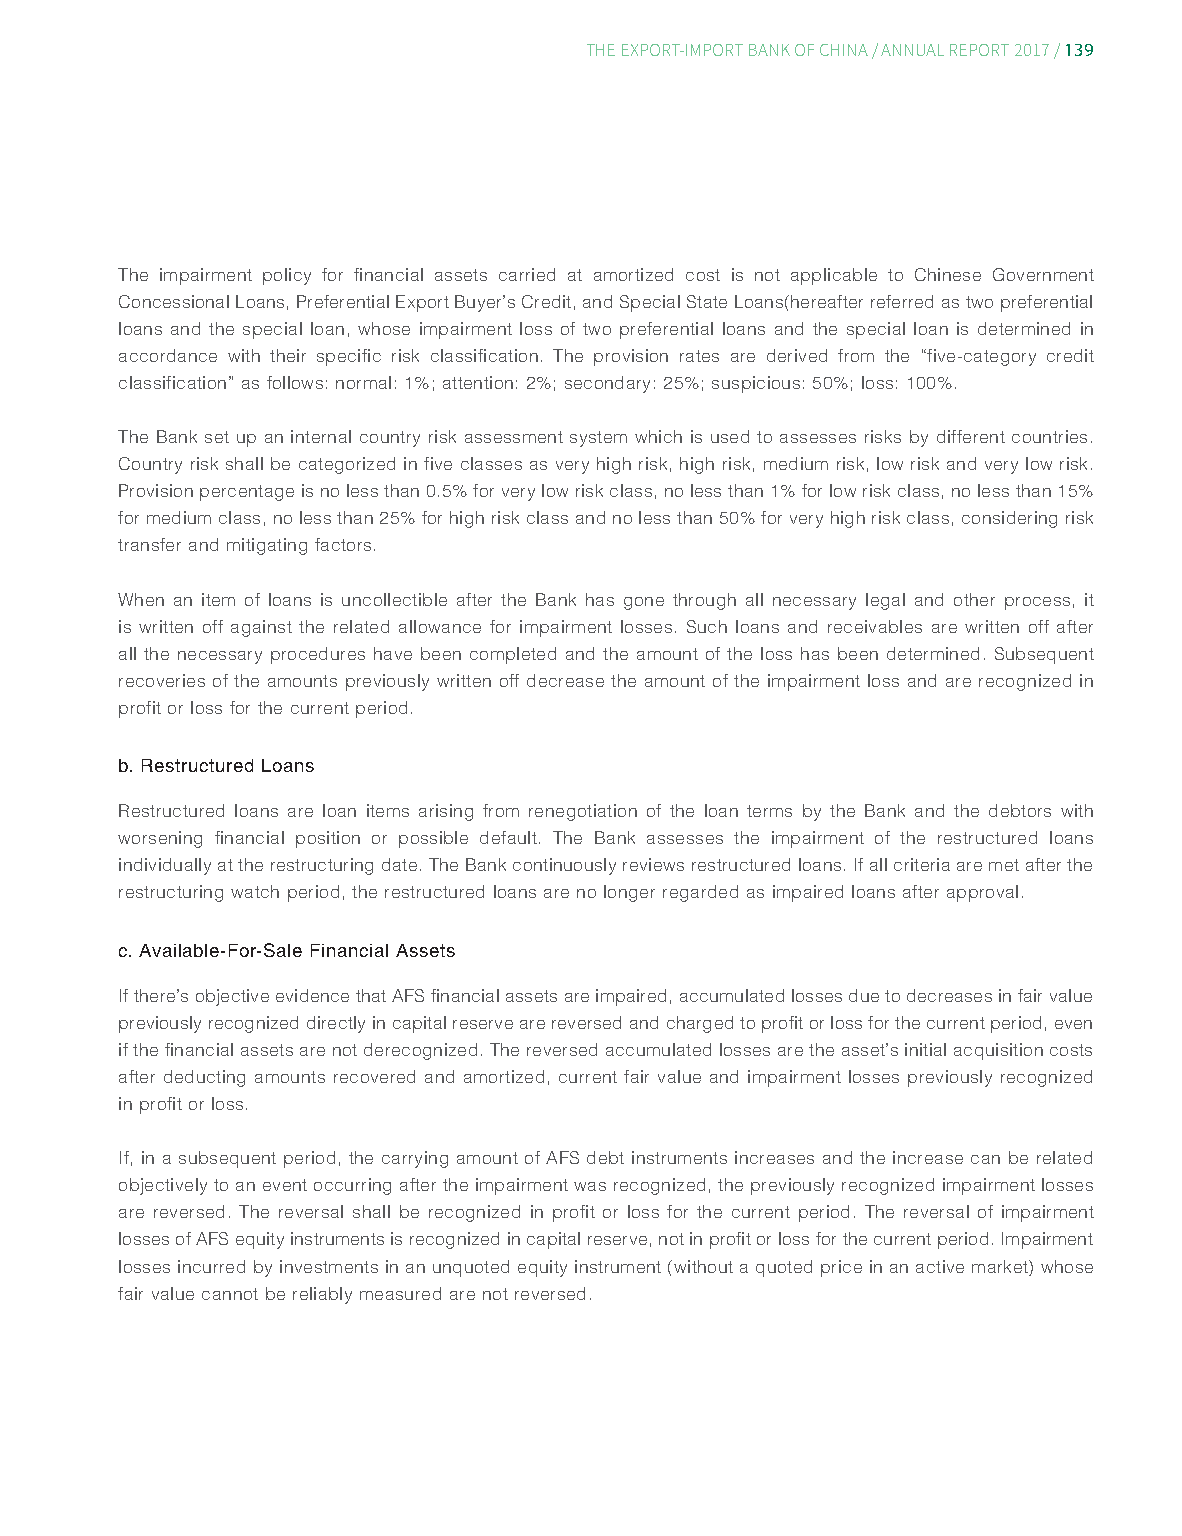
139
 THE EXPORT-IMPORT BANK OF CHINA/ ANNUAL REPORT 2017/
 The impairment policy for financial assets carried at amortized cost is not applicable to Chinese Government
 Concessional Loans, Preferential Export Buyer’s Credit, and Special State Loans(hereafter referred as two preferential
 loans and the special loan, whose impairment loss of two preferential loans and the special loan is determined in
 accordance with their specific risk classification. The provision rates are derived from the “five-category credit
 classification” as follows: normal: 1%; attention: 2%; secondary: 25%; suspicious: 50%; loss: 100%.
 The Bank set up an internal country risk assessment system which is used to assesses risks by different countries.
 Country risk shall be categorized in five classes as very high risk, high risk, medium risk, low risk and very low risk.
 Provision percentage is no less than 0.5% for very low risk class, no less than 1% for low risk class, no less than 15%
 for medium class, no less than 25% for high risk class and no less than 50% for very high risk class, considering risk
 transfer and mitigating factors.
 When an item of loans is uncollectible after the Bank has gone through all necessary legal and other process, it
 is written off against the related allowance for impairment losses. Such loans and receivables are written off after
 all the necessary procedures have been completed and the amount of the loss has been determined. Subsequent
 recoveries of the amounts previously written off decrease the amount of the impairment loss and are recognized in
 profit or loss for the current period.
 b. Restructured Loans
 Restructured loans are loan items arising from renegotiation of the loan terms by the Bank and the debtors with
 worsening financial position or possible default. The Bank assesses the impairment of the restructured loans
 individually at the restructuring date. The Bank continuously reviews restructured loans. If all criteria are met after the
 restructuring watch period, the restructured loans are no longer regarded as impaired loans after approval.
 c. Available-For-Sale Financial Assets
 If there’s objective evidence that AFS financial assets are impaired, accumulated losses due to decreases in fair value
 previously recognized directly in capital reserve are reversed and charged to profit or loss for the current period, even
 if the financial assets are not derecognized. The reversed accumulated losses are the asset’s initial acquisition costs
 after deducting amounts recovered and amortized, current fair value and impairment losses previously recognized
 in profit or loss.
 If, in a subsequent period, the carrying amount of AFS debt instruments increases and the increase can be related
 objectively to an event occurring after the impairment was recognized, the previously recognized impairment losses
 are reversed. The reversal shall be recognized in profit or loss for the current period. The reversal of impairment
 losses of AFS equity instruments is recognized in capital reserve, not in profit or loss for the current period. Impairment
 losses incurred by investments in an unquoted equity instrument (without a quoted price in an active market) whose
 fair value cannot be reliably measured are not reversed.